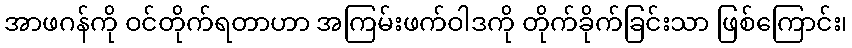
အာဖဂန်ကို ဝင်တိုက်ရတာဟာ အကြမ်းဖက်ဝါဒကို တိုက်ခိုက်ခြင်းသာ ဖြစ်ကြောင်း၊